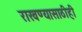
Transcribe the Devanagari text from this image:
राखण्यासाठीही